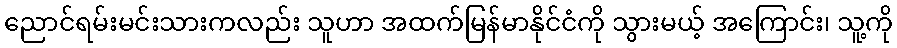
ညောင်ရမ်းမင်းသားကလည်း သူဟာ အထက်မြန်မာနိုင်ငံကို သွားမယ့် အကြောင်း၊ သူ့ကို